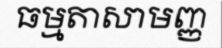
ធម្មតាសាមញ្ញ